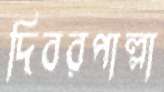
দিবরপাল্লা